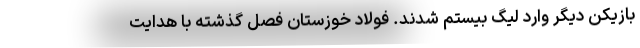
بازیکن دیگر وارد لیگ بیستم شدند. فولاد خوزستان فصل گذشته با هدایت